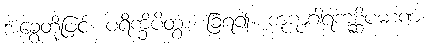
အခွေတို့ဖြင့်။ ပရိက္ခိပိတွာ၊ ခြံရံ၍။ ကူဋာဂါရကုစ္ဆိပမာဏံ၊